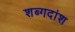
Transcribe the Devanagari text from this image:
शब्गदांश